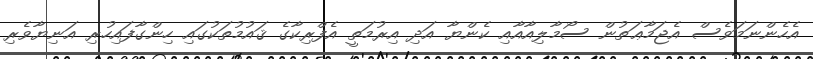
އެހެންނަމަވެސް އެޖަމާޢަތުން ސޯމާލިއާއާއި ކެންޔާ އަދި އިރުމަތީ އެފްރިކާގެ ޤައުމުތަކުގައި ހިންގާފައިހުރި އަނިޔާވެރި